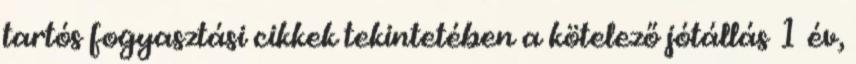
tartós fogyasztási cikkek tekintetében a kötelező jótállás 1 év,